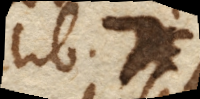
lib. II. c.